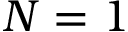
N = 1